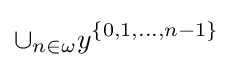
\cup _{n\in \omega }y^{\{0,1,\dots ,n-1\}}